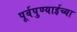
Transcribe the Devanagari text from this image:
पूर्वपुण्याईच्या